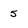
Character: 5